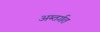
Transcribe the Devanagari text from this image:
अम्तर्गत